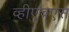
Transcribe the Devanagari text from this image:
व्हीएच्‌एस